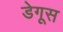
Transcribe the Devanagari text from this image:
डेगूस